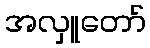
အလှူတော်